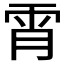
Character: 𲉱